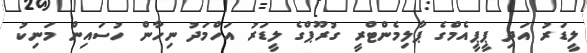
ލީޑަރު އަދި ޕީޕީއެމްގެ ޕާލިމެންޓްރީ ގުރޫޕްގެ ލީޑަރު އަހްމަދު ނިހާން ހުސައިން މަނިކު